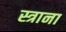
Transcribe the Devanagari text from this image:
स्त्राना